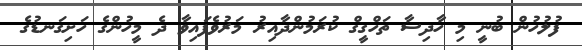
ފުލުހުން ބުނީ މި ހާދިސާ ތަހްގީގް ކުރަމުންދާއިރު މަރުވެފައިވާ ދެ މީހުންގެ ހަށިގަނޑުގެ